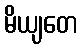
မိယျတေ